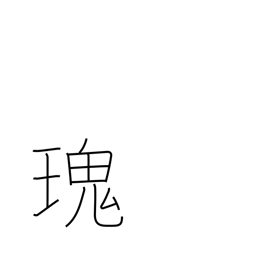
Meaning: strange